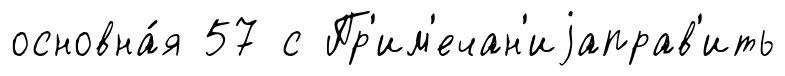
основна́я 57 с Пр'им'ечан'иjаправ'ить